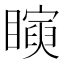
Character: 𥋰